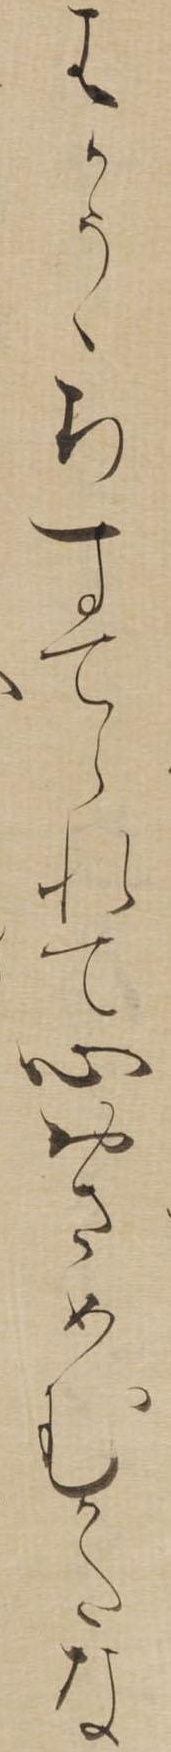
はかうゝちすてられて心おさめむかたな